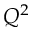
Q ^ { 2 }